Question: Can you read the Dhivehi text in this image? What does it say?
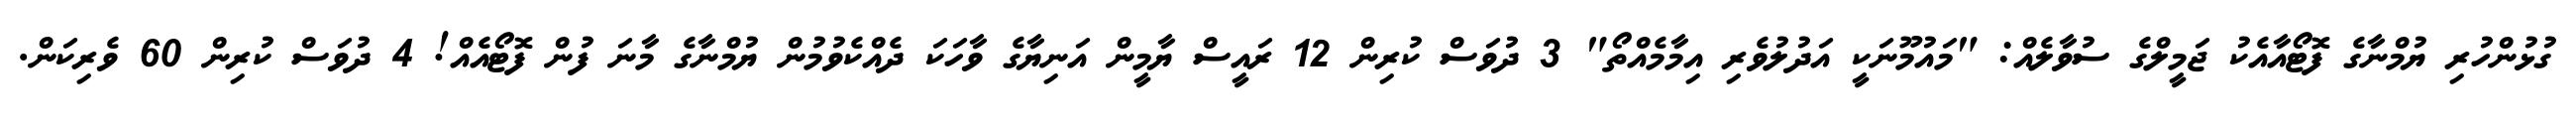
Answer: ގުޅުންހުރި ޔުމްނާގެ ފޮޓޯއާއެކު ޖަމީލްގެ ސުވާލެއް: "މައުމޫނަކީ އަދުލުވެރި އިމާމެއްތޯ" 3 ދުވަސް ކުރިން 12 ރައީސް ޔާމީން އަނިޔާގެ ވާހަކަ ދެއްކެވުމުން ޔުމްނާގެ މާނަ ފުން ފޮޓޯއެއް! 4 ދުވަސް ކުރިން 60 ވެރިކަން.